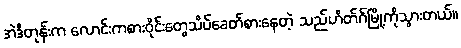
အဲဒီတုန်းက လောင်းကစားဝိုင်းတွေသိပ်ခေတ်စားနေတဲ့ သည်ဟိတ်ဂ်မြို့ကိုသွားတယ်။